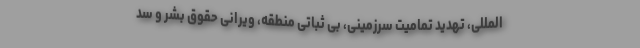
المللی، تهدید تمامیت سرزمینی، بی ثباتی منطقه، ویرانی حقوق بشر و سد